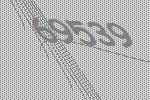
69539